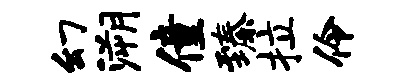
幻溯僮臻拉伶